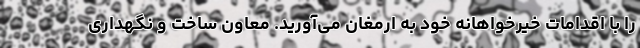
را با اقدامات خیرخواهانه خود به ارمغان می‌آورید. معاون ساخت و نگهداری